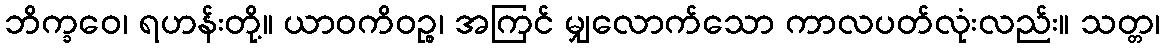
ဘိက္ခဝေ၊ ရဟန်းတို့။ ယာဝကိဝဉ္စ၊ အကြင် မျှလောက်သော ကာလပတ်လုံးလည်း။ သတ္တ၊